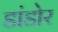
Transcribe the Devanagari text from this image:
डांडोर